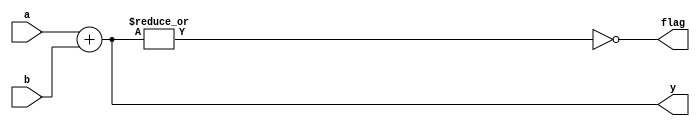
module add_flag(a,b,y,flag);
	input[3:0]a,b;
	output [4:0]y;
	output flag;

	assign y = a+b;
	assign flag = ~|y;
endmodule